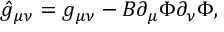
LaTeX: \hat { g } _ { \mu \nu } = g _ { \mu \nu } - B \partial _ { \mu } \Phi \partial _ { \nu } \Phi ,